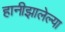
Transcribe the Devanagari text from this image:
हानीझालेल्या